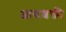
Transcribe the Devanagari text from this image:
आद्यशक्ती